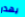
يهدر